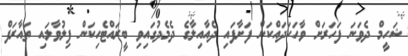
ޝަހީމް ދެވަނަ ފަހަރަށް ވާހަކަދައްކަން ފަށާފައި ދެއާއިލާގެ ދެމެދުގައިވި ބީރައްޓެހިކަން ފިލުވާލައި ތައާރަފް